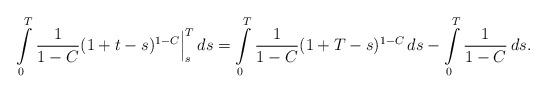
LaTeX: \begin{align*}\int\limits_0^T \frac{1}{1-C}(1+t-s)^{1-C} \Big|_s^T \, ds = \int\limits_0^T \frac{1}{1-C}(1+ T - s)^{1-C} \, ds - \int\limits_0^T \frac{1}{1-C} \, ds.\end{align*}